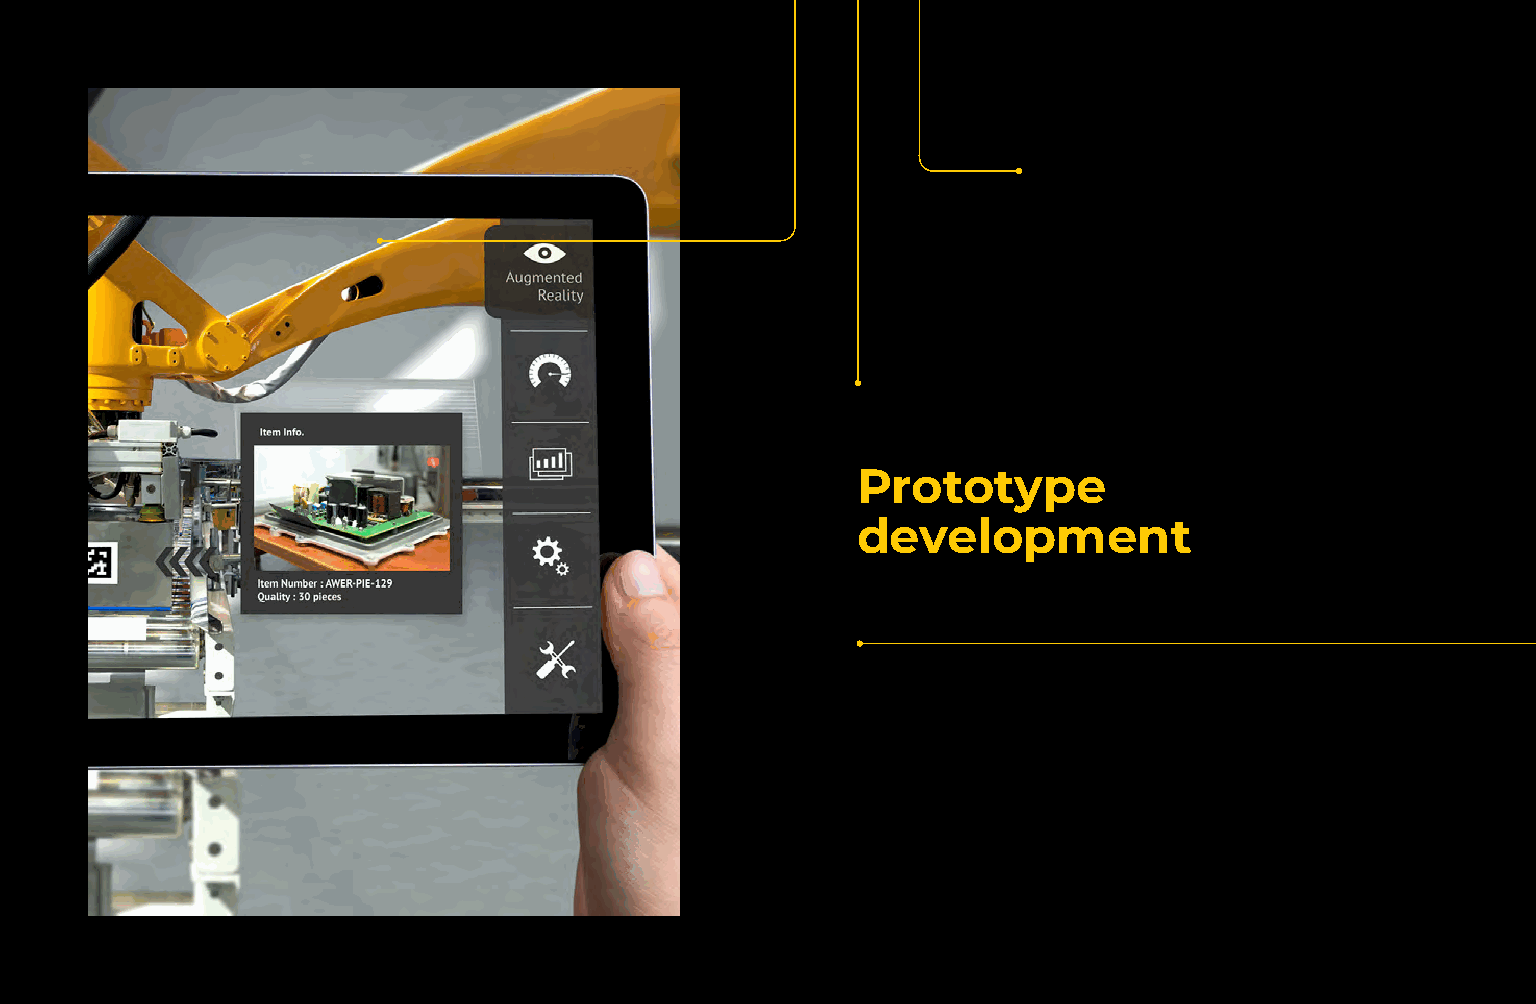
Prototype
 development
 50                                                                                       51